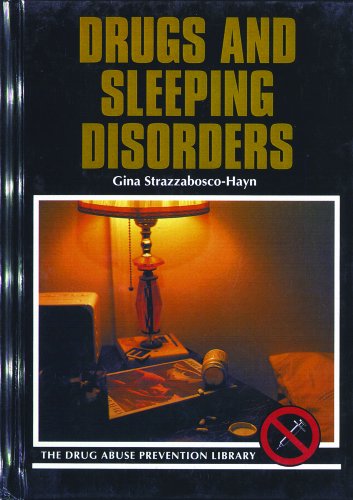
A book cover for Drugs and Sleeping Disorders (Drug Abuse Prevention Library); Gina Strazzabosco-Hayn; Teen & Young Adult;